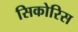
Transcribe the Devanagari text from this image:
सिकोरिस